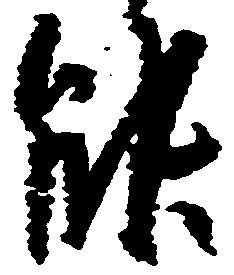
能